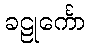
ခဠုင်္ကော